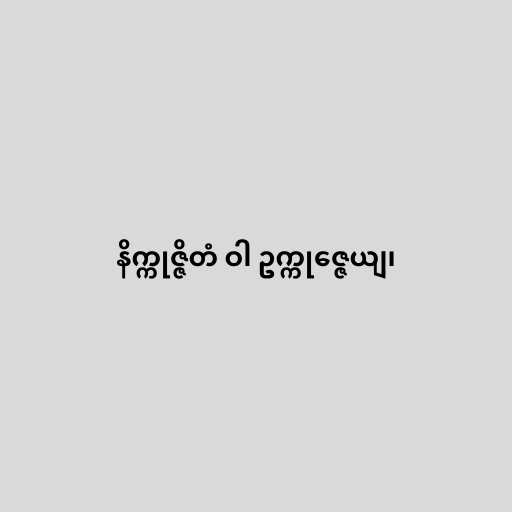
နိက္ကုဇ္ဇိတံ ဝါ ဥက္ကုဇ္ဇေယျ၊